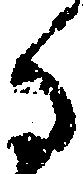
る